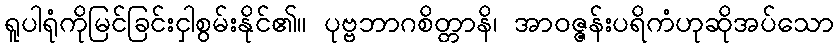
ရူပါရုံကိုမြင်ခြင်းငှါစွမ်းနိုင်၏။ ပုဗ္ဗဘာဂစိတ္တာနိ၊ အာဝဇ္ဇန်းပရိကံဟုဆိုအပ်သော